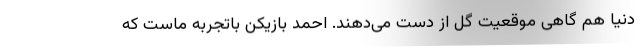
دنیا هم گاهی موقعیت گل از دست می‌دهند. احمد بازیکن باتجربه ماست که